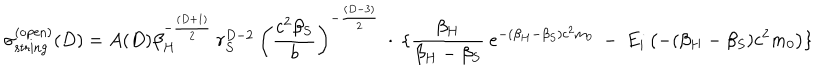
LaTeX: \sigma _ { \mathrm { s t r i n g } } ^ { ( \mathrm { o p e n } ) } ( D ) = A ( D ) \beta _ { H } ^ { - \frac { ( D + 1 ) } { 2 } } \: r _ { S } ^ { D - 2 } \: \left( \frac { c ^ { 2 } \beta _ { S } } { b } \right) ^ { - \frac { ( D - 3 ) } { 2 } } \: \cdot \: \lbrace \frac { \beta _ { H } } { \beta _ { H } - \beta _ { S } } \: e ^ { - ( \beta _ { H } - \beta _ { S } ) c ^ { 2 } m _ { 0 } } \: - \: E _ { i } \left( - ( \beta _ { H } - \beta _ { S } ) c ^ { 2 } m _ { 0 } \right) \rbrace